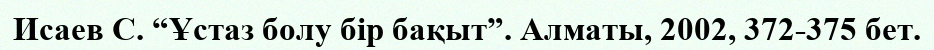
Исаев С. “Ұстаз болу бір бақыт”. Алматы, 2002, 372-375 бет.